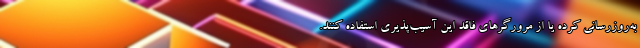
به‌روزرسانی کرده یا از مرورگرهای فاقد این آسیب‌پذیری استفاده کنند.